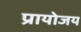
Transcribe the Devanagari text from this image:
प्रायोजय